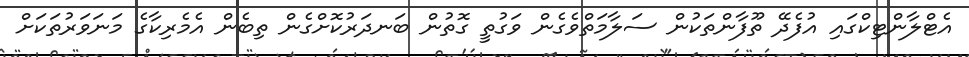
އެޓްލާންޓިކްގައި އުފެދޭ ތޫފާންތަކުން ސަލާމަތްވެގެން ވަގުތީ ގޮތުން ބަނދަރުކޮށްގެން ތިބެން އެމެރިކާގެ މަނަވަރުތަކަށް